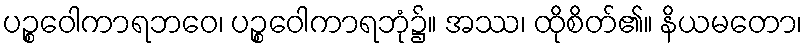
ပဉ္စဝေါကာရဘဝေ၊ ပဉ္စဝေါကာရဘုံ၌။ အဿ၊ ထိုစိတ်၏။ နိယမတော၊